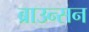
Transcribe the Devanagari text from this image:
ब्राउन्सन